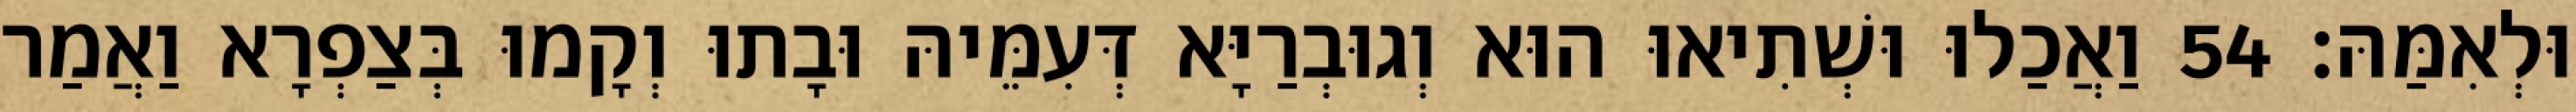
וּלְאִמַּהּ׃ 54 וַאֲכַלוּ וּשְׁתִיאוּ הוּא וְגוּבְרַיָּא דְּעִמֵּיהּ וּבָתוּ וְקָמוּ בְּצַפְרָא וַאֲמַר